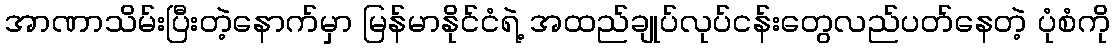
အာဏာသိမ်းပြီးတဲ့နောက်မှာ မြန်မာနိုင်ငံရဲ့ အထည်ချုပ်လုပ်ငန်းတွေလည်ပတ်နေတဲ့ ပုံစံကို